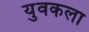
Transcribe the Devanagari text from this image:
युवकला